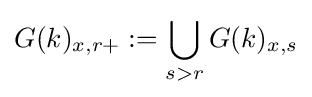
G(k)_{x,r+}:=\bigcup _{s>r}G(k)_{x,s}